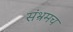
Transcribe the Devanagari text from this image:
संभ्रमच